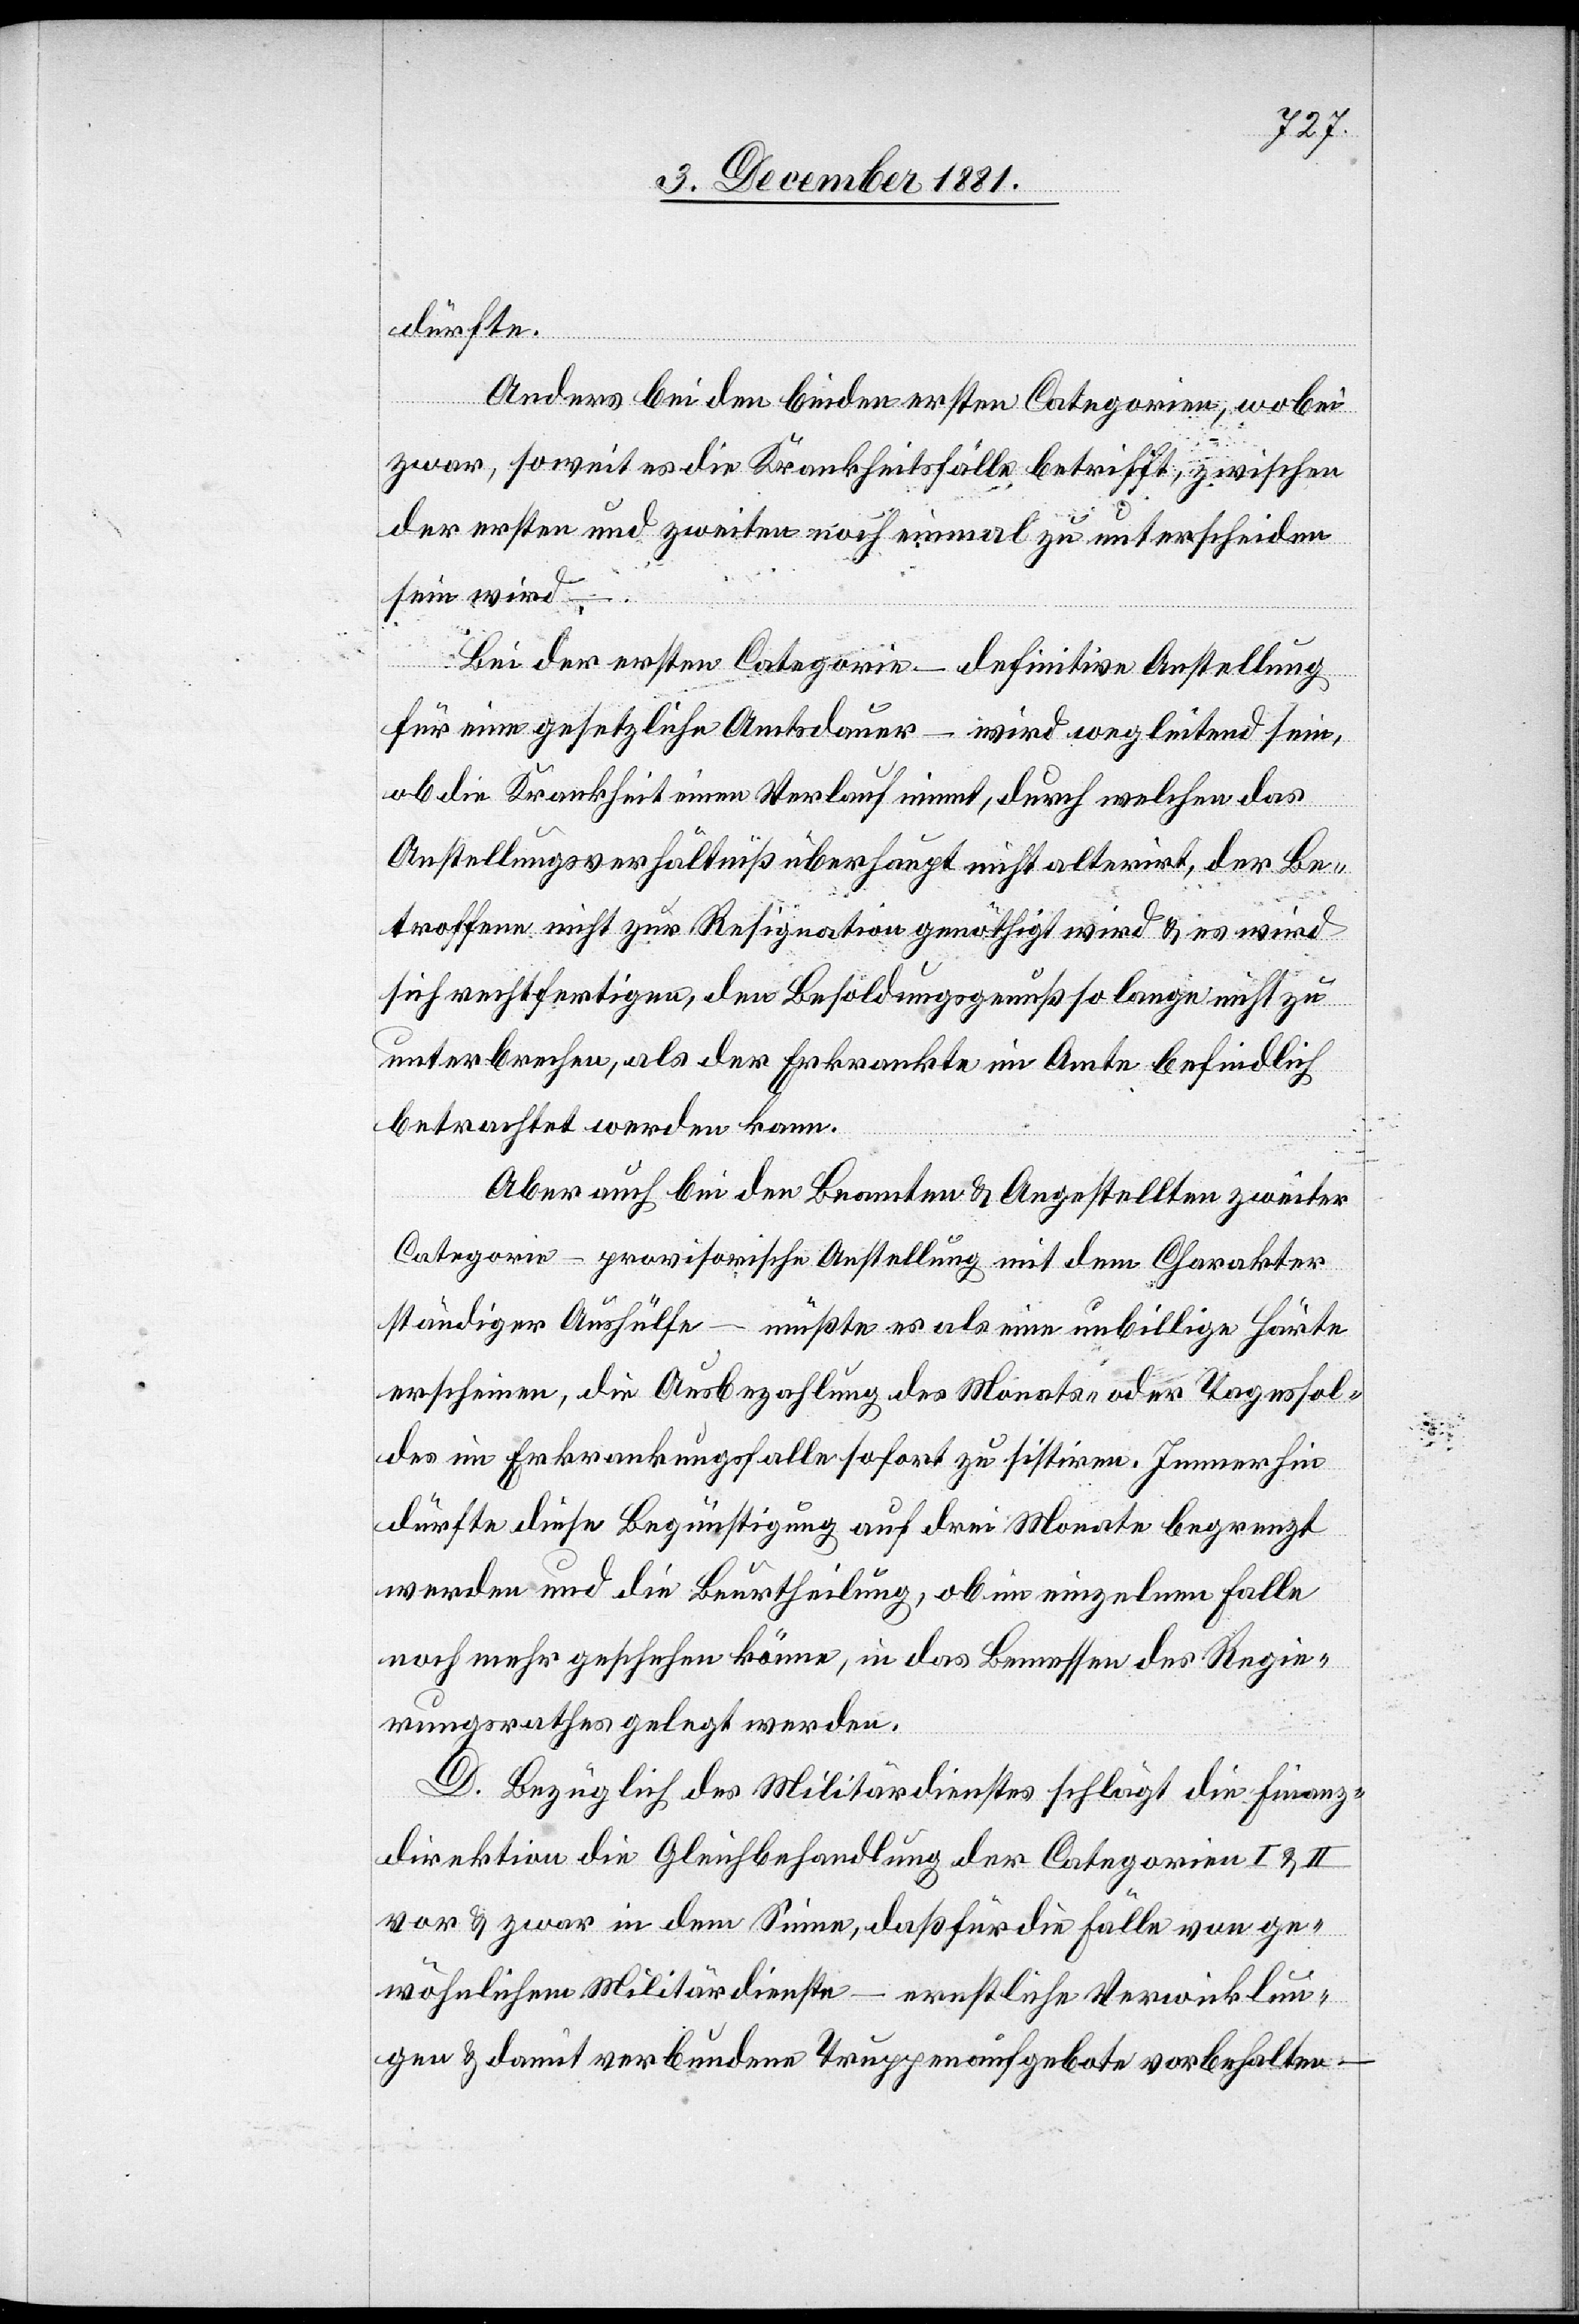
dürfte.
Anders bei den beiden ersten Categorien, wobei
zwar, soweit es die Krankheitsfälle betrifft, zwischen
der ersten und zweiten noch einmal zu unterscheiden
sein wird.
Bei der ersten Categorie – definitive Anstellung
für eine gesetzliche Amtsdauer – wird wegleitend sein,
ob die Krankheit einen Verlauf nimmt, durch welchen das
Anstellungsverhältniß überhaupt nicht alterirt, der Be¬
troffene nicht zur Resignation genöthigt wird & es wird
sich rechtfertigen, den Besoldungsgenuß so lange nicht zu
unterbrechen, als der Erkrankte im Amte befindlich
betrachtet werden kann.
Aber auch bei den Beamten & Angestellten zweiter
Categorie – provisorische Anstellung mit dem Charakter
ständiger Aushülfe – müßte es als eine unbillige Härte
erscheinen, die Ausbezahlung des Monats- oder Tagessol¬
des im Erkrankungsfalle sofort zu sistiren. Immerhin
dürfte diese Begünstigung auf drei Monate begrenzt
werden und die Beurtheilung, ob im einzelnen Falle
noch mehr geschehen könne, in das Bemessen des Regie¬
rungsrathes gelegt werden.
D. Bezüglich des Militärdienstes schlägt die Finanz¬
direktion die Gleichbehandlung der Categorien I & II
vor & zwar in dem Sinne, daß für die Fälle von ge¬
wöhnlichem Militärdienste – ernstliche Verwicklun¬
gen & damit verbundene Truppenaufgebote vorbehalten

–